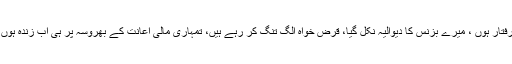
میں ان دنوں سخت پریشانیوں میں گرفتار ہوں ، میرے بزنس کا دیوالیہ نکل گیا، قرض خواہ الگ تنگ کر رہے ہیں، تمہاری مالی اعانت کے بھروسہ پر ہی اب زندہ ہوں میں، تمہیں میری دوستی کا واسطہ۔